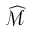
\widehat { \mathcal { M } }